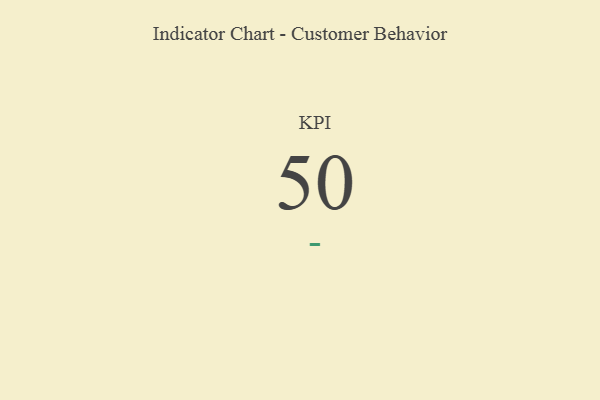
{"axis": {"x": "KPI", "y": "Value"}, "legend": [""], "data": [{"x": "KPI", "y": 50, "type": ""}]}